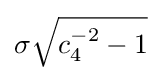
\sigma {\sqrt {c_{4}^{-2}-1}}